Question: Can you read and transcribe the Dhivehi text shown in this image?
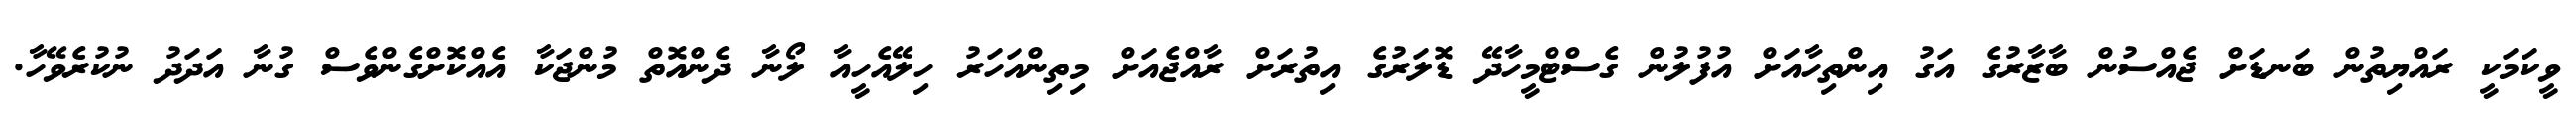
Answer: ވީކަމަކީ ރައްޔިތުން ބަނޑަށް ޖެއްސުން ބާޒާރުގެ އަގު އިންތިހާއަށް އުފުލުން ގެސްޓްމީހާދޭ ޑޮލަރުގެ އިތުރަށް ރާއްޖެއަށް މިތިންއަހަރު ހިލޭއެހީއާ ލޯނާ ދެންއޮތް މުންޖަކާ އެއްކޮށްގެންވެސް ގުނާ އަދަދު ނުކުރެވޭހާ.